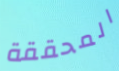
المحققة